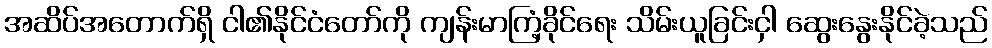
အဆိပ်အတောက်ရှိ ငါ၏နိုင်ငံတော်ကို ကျန်းမာကြံ့ခိုင်ရေး သိမ်းယူခြင်းငှါ ဆွေးနွေးနိုင်ခဲ့သည်